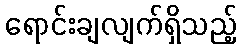
ရောင်းချလျက်ရှိသည့်